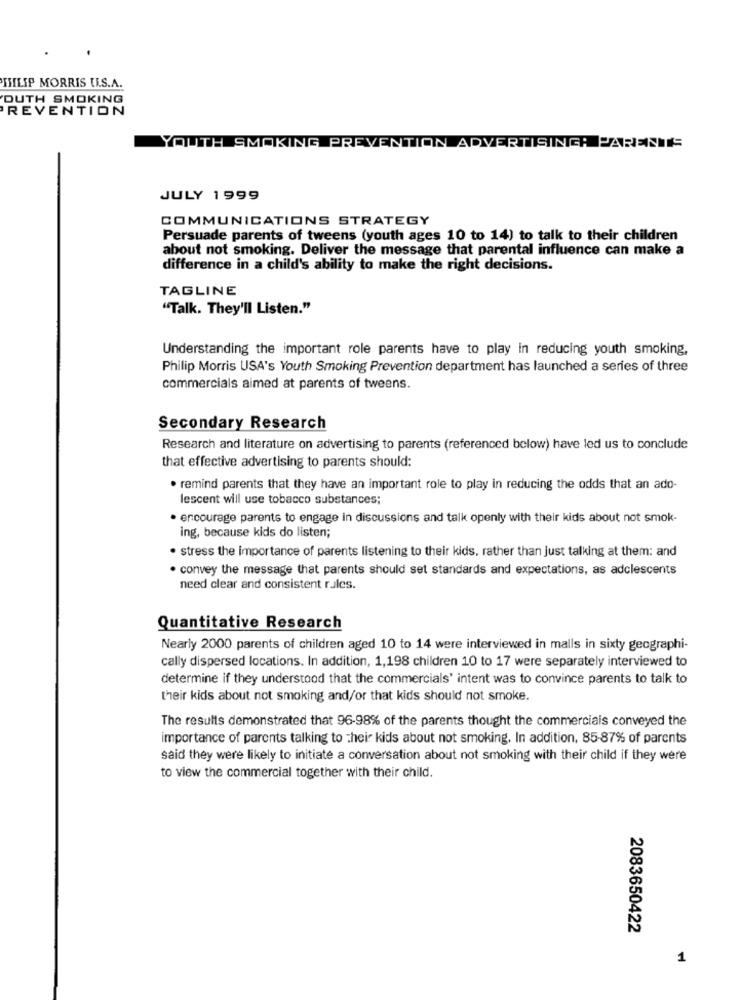
ISLIP MORRIS U.S.A.
DUTH SMOKING
REVENTION
YOUTH SMOKING PREVENTION ADVERTISINGAPARENTE
JULY 1999
COMMUNICATIONS STRATEGY
Persuade parents of tweens (youth ages 10 to 14) to talk to their children
about not smoking. Deliver the message that parental influence can make a
difference in a child's ability to make the right decisions.
TAGLINE
"Talk. They'll Listen."
Understanding the important role parents have to play in reducing youth smoking,
Philip Morris USA's Youth Smoking Prevention department has launched a series of three
commercials aimed at parents of tweens.
Secondary Research
Research and literature on advertising to parents (referenced below) have led us to conclude
that effective advertising to parents should:
. remind parents that they have an important role to play in reducing the odds that an ado-
lescent will use tobacco substances;
· encourage parents to engage in discussions and talk openly with their kids about not smok-
ing, because kids do listen;
· stress the importance of parents listening to their kids, rather than just talking at them: and
· convey the message that parents should set standards and expectations, as adclescents
need clear and consistent rules.
Quantitative Research
Nearly 2000 parents of children aged 10 to 14 were interviewed in malls in sixty geographi-
cally dispersed locations. In addition, 1,198 children 10 to 17 were separately interviewed to
determine if they understood that the commercials' intent was to convince parents to talk to
their kids about not smoking and/or that kids should not smoke.
The results demonstrated that 96-98% of the parents thought the commercials conveyed the
importance of parents talking to their kids about not smoking. In addition, 85-87% of parents
said they were likely to initiate a conversation about not smoking with their child if they were
to view the commercial together with their child.
2083650422
1